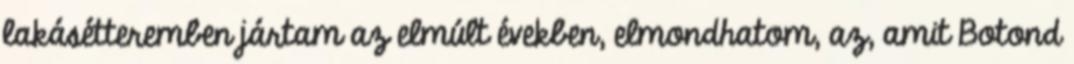
lakásétteremben jártam az elmúlt években, elmondhatom, az, amit Botond